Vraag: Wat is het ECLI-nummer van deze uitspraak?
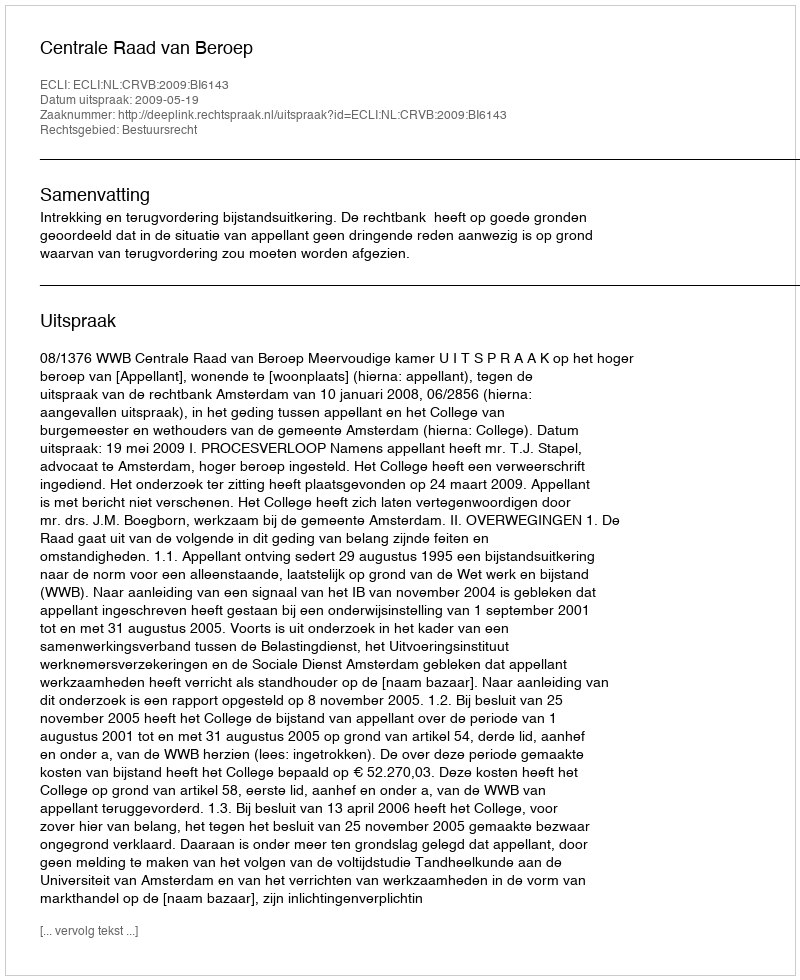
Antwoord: ECLI:NL:CRVB:2009:BI6143